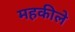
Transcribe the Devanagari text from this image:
महकीले